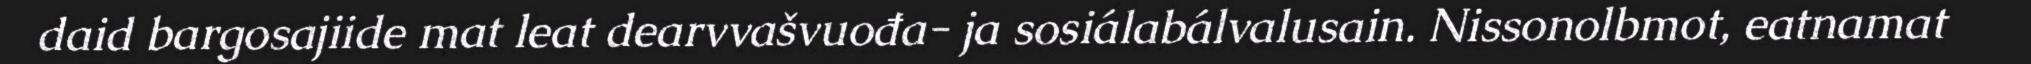
daid bargosajiide mat leat dearvvašvuođa- ja sosiálabálvalusain. Nissonolbmot, eatnamat